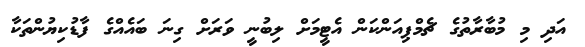
އަދި މި މުބާރާތުގެ ޗެމްޕިއަންކަން އެޓީމަށް ލިބުނީ ވަރަށް ގިނަ ބައެއްގެ ފާޑުކިޔުންތަކާ